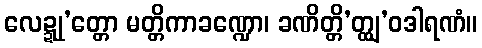
လေဍ္ဍု’တ္တော မတ္တိကာခဏ္ဍော၊ ခဏိတ္တိ’တ္ထျ’ဝဒါရဏံ။